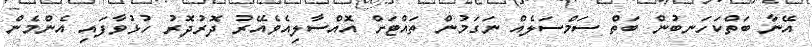
އޭނާ ބަތްކަހަނބުން ބަތް ސަމްސަލެއް ނަގަމުން ތައްޓަށް އޮއްސާލިއެވެއޭރު ދޮރުދޮރު ހުޅުވާފައި އެންމެން